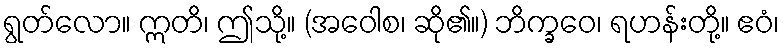
ရွတ်လော။ ဣတိ၊ ဤသို့။ (အဝေါစ၊ ဆို၏။) ဘိက္ခဝေ၊ ရဟန်းတို့။ ဧဝံ၊